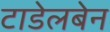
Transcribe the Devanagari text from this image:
टाडेलबेन